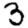
Digit: 3